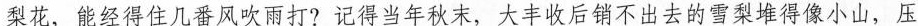
梨花，能经得住几番风吹雨打?记得当年秋末，大丰收后销不出去的雪梨堆得像小山，压